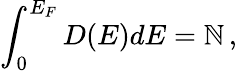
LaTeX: \int_{0}^{E_{F}}D(E)dE=\mathbb{N}\, ,